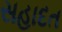
સહાદત